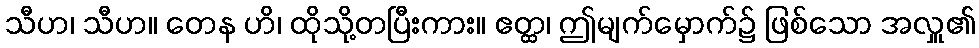
သီဟ၊ သီဟ။ တေန ဟိ၊ ထိုသို့တပြီးကား။ ဧတ္ထ၊ ဤမျက်မှောက်၌ ဖြစ်သော အလှူ၏